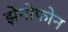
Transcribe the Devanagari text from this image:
झेनोफोन